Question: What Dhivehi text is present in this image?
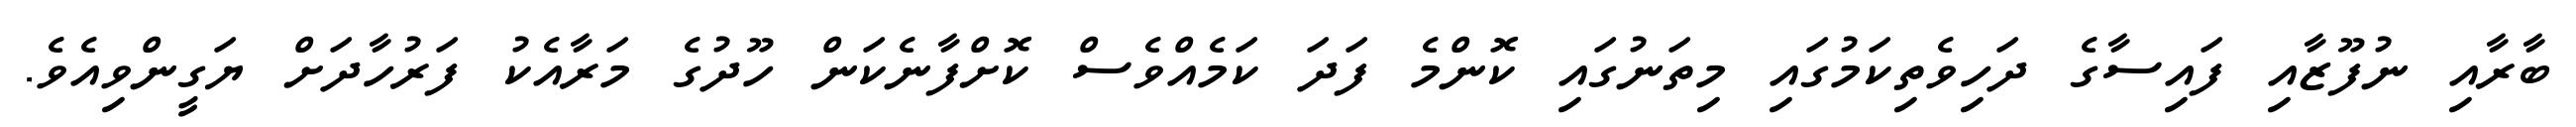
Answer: ބާރާއި ނުފޫޒާއި ފައިސާގެ ދަހިވެތިކަމުގައި މިތަނުގައި ކޮންމެ ފަދަ ކަމެއްވެސް ކޮށްފާނެކަން ހޫދުގެ މަރާއެކު ފަރުހާދަށް ޔަގީންވިއެވެ.